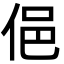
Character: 俋